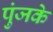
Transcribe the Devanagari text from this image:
पुंजके